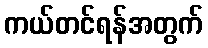
ကယ်တင်ရန်အတွက်